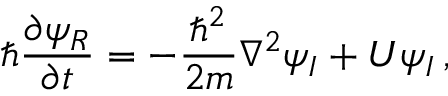
\hbar \frac { \partial \psi _ { R } } { \partial t } = - \frac { \hbar ^ { 2 } } { 2 m } \nabla ^ { 2 } \psi _ { I } + U \psi _ { I } \, ,